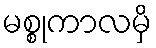
မစ္စုကာလမှိ